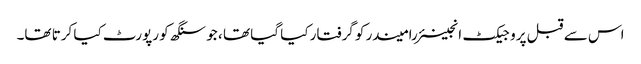
اس سے قبل پروجیکٹ انجینئر رامیندر کو گرفتار کیا گیا تھا ، جو سنگھ کو رپورٹ کیا کرتا تھا۔